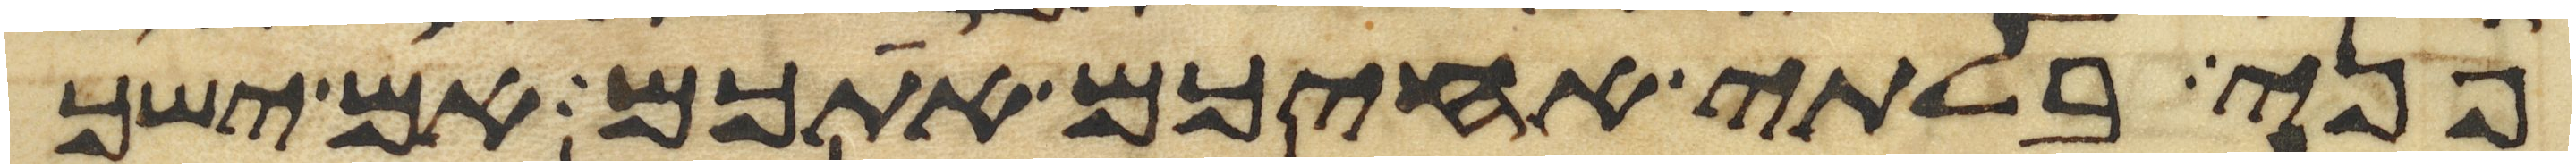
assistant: פני בלתי אחיכם אתכם אם ישך